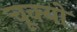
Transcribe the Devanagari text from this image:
चूक्यो